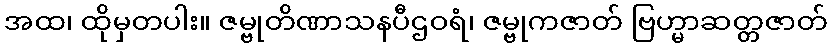
အထ၊ ထိုမှတပါး။ ဇမ္ဗုတိဏာသနပီဌဝရံ၊ ဇမ္ဗုကဇာတ် ဗြဟ္မာဆတ္တဇာတ်